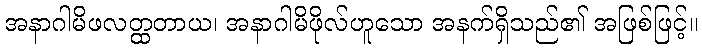
အနာဂါမိဖလတ္ထတာယ၊ အနာဂါမိဖိုလ်ဟူသော အနက်ရှိသည်၏ အဖြစ်ဖြင့်။